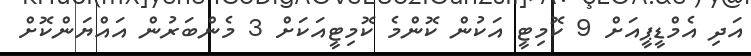
އަދި އެމްޑީޕީއަށް 9 ކޮމިޓީ އަކުން ކޮންމެ ކޮމިޓީއަކަށް 3 މެންބަރުން އައްޔަންކޮށް